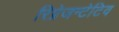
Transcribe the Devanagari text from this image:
रिप्रेजन्टेटिव